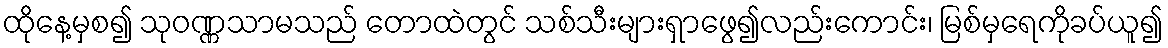
ထိုနေ့မှစ၍ သုဝဏ္ဏသာမသည် တောထဲတွင် သစ်သီးများရှာဖွေ၍လည်းကောင်း၊ မြစ်မှရေကိုခပ်ယူ၍